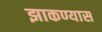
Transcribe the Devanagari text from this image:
झाकण्यास